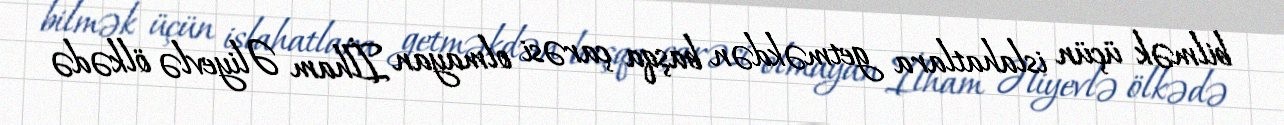
bilmək üçün islahatlara getməkdən başqa çarəsi olmayan İlham Əliyevlə ölkədə